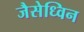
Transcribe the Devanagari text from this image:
जैसेध्विन